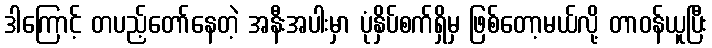
ဒါကြောင့် တပည့်တော်နေတဲ့ အနီးအပါးမှာ ပုံနှိပ်စက်ရှိမှ ဖြစ်တော့မယ်လို့ တာဝန်ယူပြီး